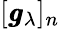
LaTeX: [\pmb{g}_{\lambda}]_{n}